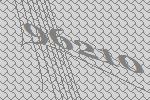
96210